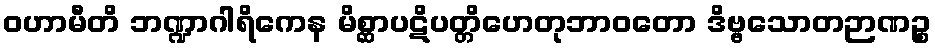
ဝဟာမီတိ ဘဏ္ဍာဂါရိကေန မိစ္ဆာပဋိပတ္တိဟေတုဘာဝတော ဒိဗ္ဗသောတဉာဏဉ္စ